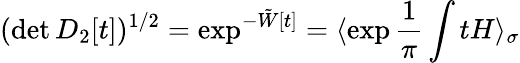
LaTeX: (\operatorname*{det}D_{2}[t])^{1/2}=\exp^{-\tilde{W}[t]}=\langle\exp\frac{1}{\pi}\int tH\rangle_{\sigma}